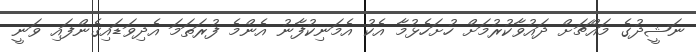
ނަޝީދުގެ މައްޗަށް ދައުވާކުރުމަށް ހުށަހެޅުމާ އެކު އެމަނިކުފާނު އެންމެ ފުރަތަމަ އެދިވަޑައިގެންފައި ވަނީ